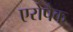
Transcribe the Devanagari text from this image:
एरोपैक